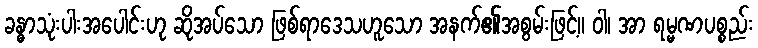
ခန္ဓာသုံးပါးအပေါင်းဟု ဆိုအပ်သော ဖြစ်ရာဒေသဟူသော အနက်၏အစွမ်းဖြင့်။ ဝါ၊ အာ ရမ္မဏပစ္စည်း